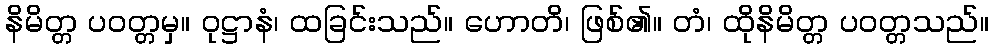
နိမိတ္တ ပဝတ္တမှ။ ဝုဋ္ဌာနံ၊ ထခြင်းသည်။ ဟောတိ၊ ဖြစ်၏။ တံ၊ ထိုနိမိတ္တ ပဝတ္တသည်။